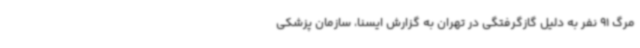
مرگ 91 نفر به دلیل گازگرفتگی در تهران به گزارش ایسنا، سازمان پزشکی